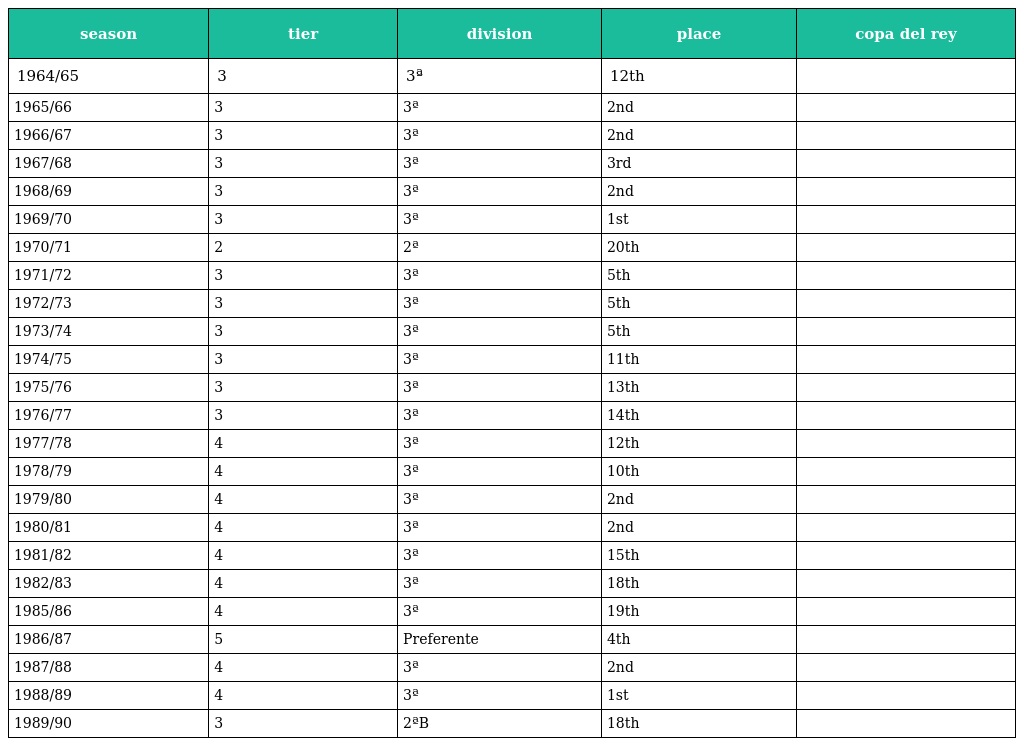
| season | tier | division | place | copa del rey |
 | --- | --- | --- | --- | --- |
 | 1964/65 | 3 | 3ª | 12th |  |
 | 1965/66 | 3 | 3ª | 2nd |  |
 | 1966/67 | 3 | 3ª | 2nd |  |
 | 1967/68 | 3 | 3ª | 3rd |  |
 | 1968/69 | 3 | 3ª | 2nd |  |
 | 1969/70 | 3 | 3ª | 1st |  |
 | 1970/71 | 2 | 2ª | 20th |  |
 | 1971/72 | 3 | 3ª | 5th |  |
 | 1972/73 | 3 | 3ª | 5th |  |
 | 1973/74 | 3 | 3ª | 5th |  |
 | 1974/75 | 3 | 3ª | 11th |  |
 | 1975/76 | 3 | 3ª | 13th |  |
 | 1976/77 | 3 | 3ª | 14th |  |
 | 1977/78 | 4 | 3ª | 12th |  |
 | 1978/79 | 4 | 3ª | 10th |  |
 | 1979/80 | 4 | 3ª | 2nd |  |
 | 1980/81 | 4 | 3ª | 2nd |  |
 | 1981/82 | 4 | 3ª | 15th |  |
 | 1982/83 | 4 | 3ª | 18th |  |
 | 1985/86 | 4 | 3ª | 19th |  |
 | 1986/87 | 5 | Preferente | 4th |  |
 | 1987/88 | 4 | 3ª | 2nd |  |
 | 1988/89 | 4 | 3ª | 1st |  |
 | 1989/90 | 3 | 2ªB | 18th |  |